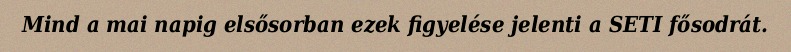
Mind a mai napig elsősorban ezek figyelése jelenti a SETI fősodrát.